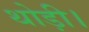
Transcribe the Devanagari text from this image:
थोड़ी।